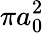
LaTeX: \pi a_{0}^{2}